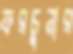
ফরচুনার